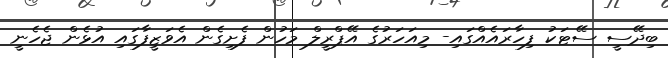
ބިދޭސީ ސޭޓަކު ފިހާރައެއްގައި- މިއަހަރުގެ އޭޕްރީލް މަހުން ފެށިގެން އެވަޒީފާގައި އުޅެން ޖެހެނީ